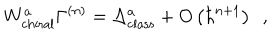
LaTeX: W _ { \mathrm { c h i r a l } } ^ { a } \Gamma ^ { \left( n \right) } = \Delta _ { \mathrm { c l a s s } } ^ { a } + O \left( \hbar ^ { n + 1 } \right) \, \, \, ,